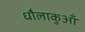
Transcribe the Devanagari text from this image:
धौलाकुआँ